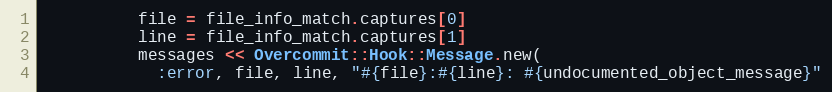
Language: Ruby
          file = file_info_match.captures[0]
          line = file_info_match.captures[1]
          messages << Overcommit::Hook::Message.new(
            :error, file, line, "#{file}:#{line}: #{undocumented_object_message}"